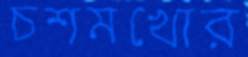
চশমখোর